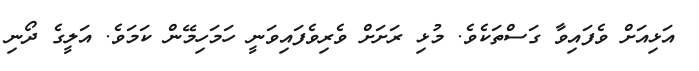
އަޅިއަށް ވެފައިވާ ގަސްތަކެވެ. މުޅި ރަށަށް ވެރިވެފައިވަނީ ހަމަހިމޭން ކަމަވެ. އަލީގެ ދޯނި